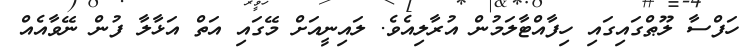
ހަފްސާ ލޫޠްގައިގައި ހިފާއްޓާލަމުން އުރާލިއެވެ. ލައިނީއަށް މޭގައި އަތް އަޅާލާ ފުން ނޭވާއެއް